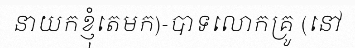
នាយកខ្ញុំតេមក)-បាទលោកគ្រូ (នៅ